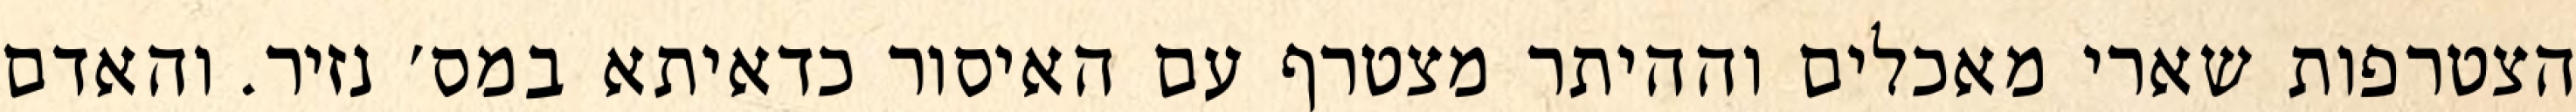
הצטרפות שארי מאכלים וההיתר מצטרף עם האיסור כדאיתא במס׳ נזיר. והאדם